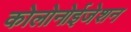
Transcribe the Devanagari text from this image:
कोलोनोईजेशन